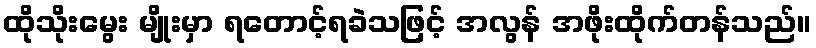
ထိုသိုးမွေး မျိုးမှာ ရတောင့်ရခဲသဖြင့် အလွန် အဖိုးထိုက်တန်သည်။